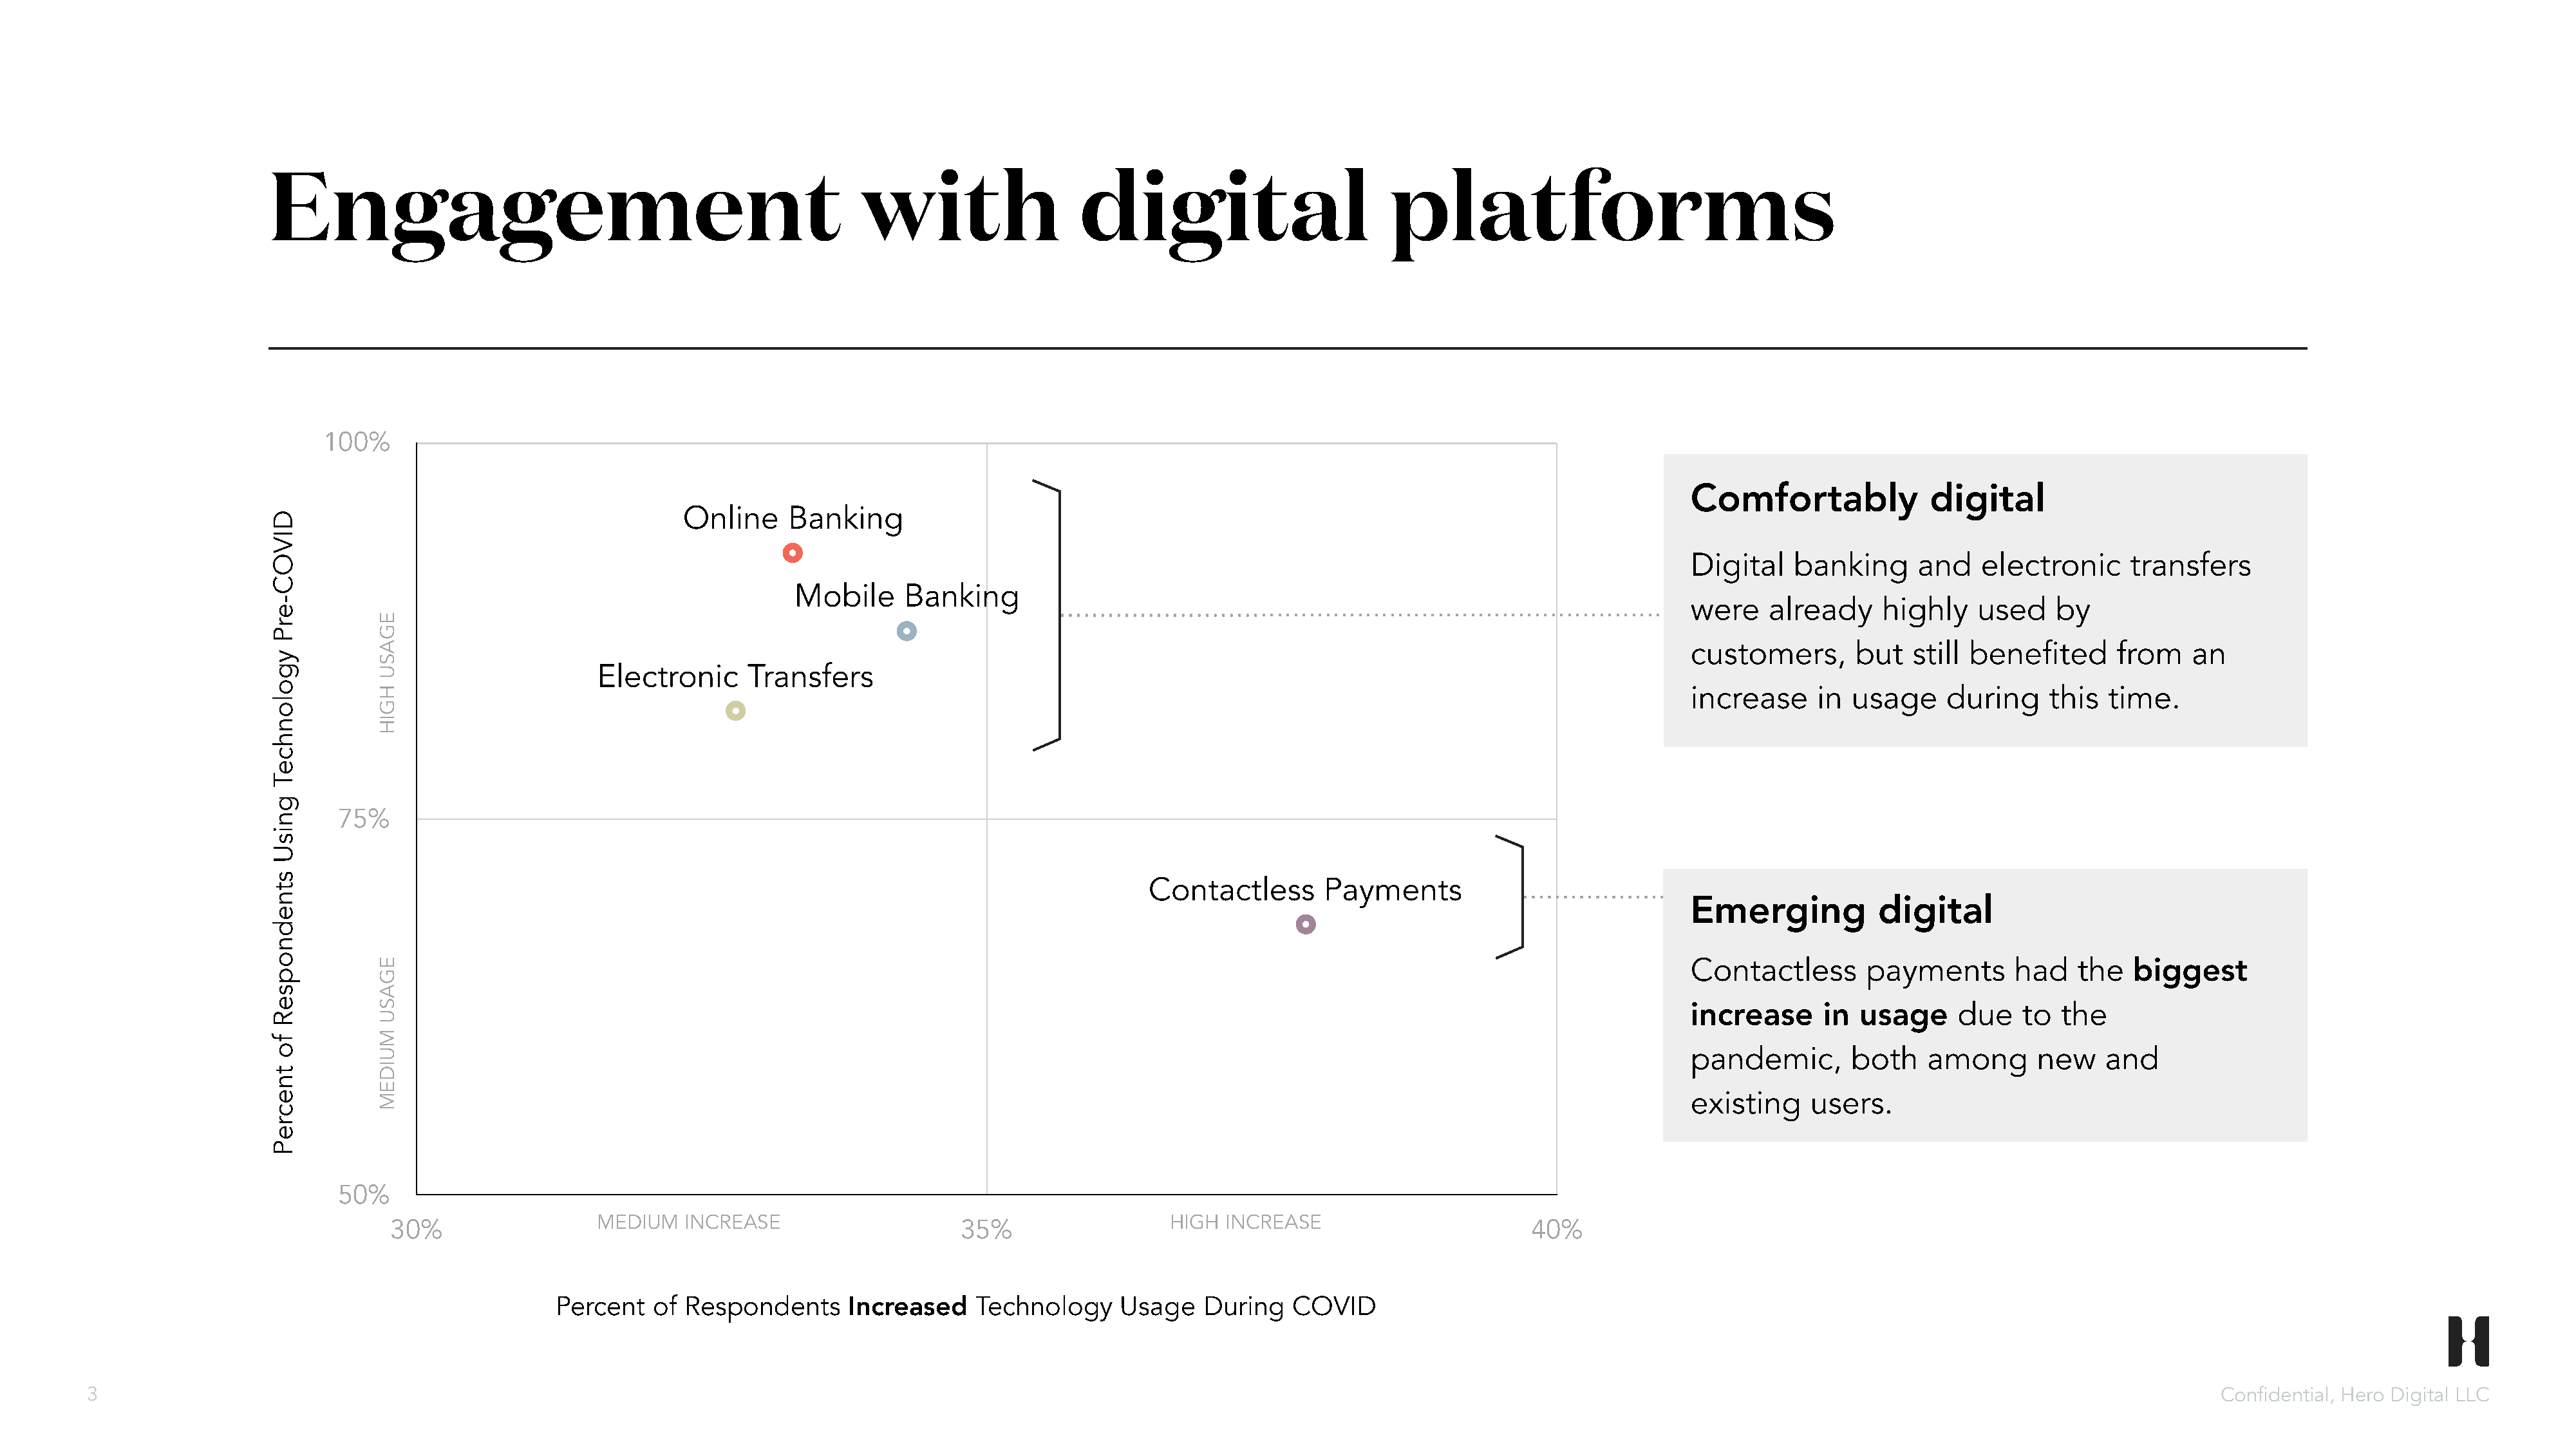
Engagement                                                   with                  digital                         platforms
 100%
 Comfortably             digital
 Online     Banking
 Digital   banking      and    electronic     transfers
 Mobile     Banking
 were    already    highly    used    by
 E
 G
 A                                                                                                                                      customers,       but   still benefited      from   an
 S
 U                     Electronic      Transfers
 H                                                                                                                                      increase     in usage     during     this  time.
 G
 I
 H
 75%
 Contactless       Payments
 Emerging           digital
 E                                                                                                                                      Contactless       payments       had    the  biggest
 G
 A
 S
 increase     in  usage     due    to  the
 U
 M
 U                                                                                                                                      pandemic,       both    among      new    and
 I
 D
 E
 M                                                                                                                                      existing    users.
 50%
 MEDIUM   INCREASE                                          HIGH  INCREASE
 30%                                                        35%                                                       40%
 Percent   of Respondents      Increased    Technology     Usage    During   COVID
 3                                                                                                                                                                                                                          Confidential, Hero Digital LLC
 DIVOC-erP
 ygolonhceT
 gnisU
 stnednopseR
 fo
 tnecreP